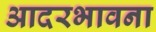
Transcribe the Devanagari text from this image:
आदरभावना